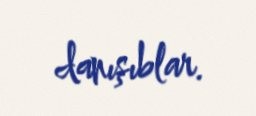
danışıblar.